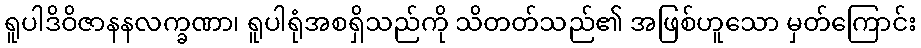
ရူပါဒိဝိဇာနနလက္ခဏာ၊ ရူပါရုံအစရှိသည်ကို သိတတ်သည်၏ အဖြစ်ဟူသော မှတ်ကြောင်း